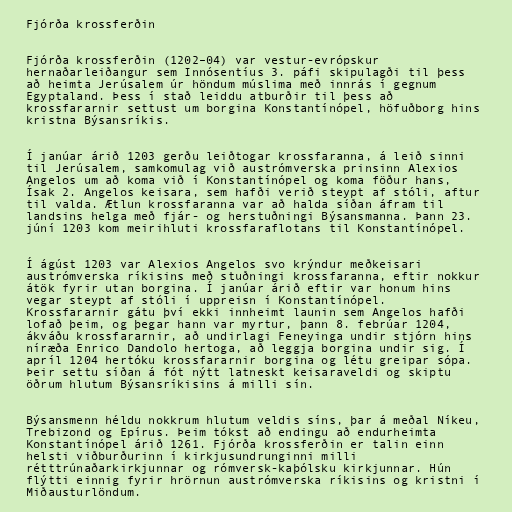
Fjórða krossferðin

Fjórða krossferðin (1202–04) var vestur-evrópskur
hernaðarleiðangur sem Innósentíus 3. páfi skipulagði til þess
að heimta Jerúsalem úr höndum múslima með innrás í gegnum
Egyptaland. Þess í stað leiddu atburðir til þess að
krossfararnir settust um borgina Konstantínópel, höfuðborg hins
kristna Býsansríkis.

Í janúar árið 1203 gerðu leiðtogar krossfaranna, á leið sinni
til Jerúsalem, samkomulag við austrómverska prinsinn Alexios
Angelos um að koma við í Konstantínópel og koma föður hans,
Ísak 2. Angelos keisara, sem hafði verið steypt af stóli, aftur
til valda. Ætlun krossfaranna var að halda síðan áfram til
landsins helga með fjár- og herstuðningi Býsansmanna. Þann 23.
júní 1203 kom meirihluti krossfaraflotans til Konstantínópel.

Í ágúst 1203 var Alexios Angelos svo krýndur meðkeisari
austrómverska ríkisins með stuðningi krossfaranna, eftir nokkur
átök fyrir utan borgina. Í janúar árið eftir var honum hins
vegar steypt af stóli í uppreisn í Konstantínópel.
Krossfararnir gátu því ekki innheimt launin sem Angelos hafði
lofað þeim, og þegar hann var myrtur, þann 8. febrúar 1204,
ákváðu krossfararnir, að undirlagi Feneyinga undir stjórn hins
níræða Enrico Dandolo hertoga, að leggja borgina undir sig. Í
apríl 1204 hertóku krossfararnir borgina og létu greipar sópa.
Þeir settu síðan á fót nýtt latneskt keisaraveldi og skiptu
öðrum hlutum Býsansríkisins á milli sín.

Býsansmenn héldu nokkrum hlutum veldis síns, þar á meðal Níkeu,
Trebizond og Epírus. Þeim tókst að endingu að endurheimta
Konstantínópel árið 1261. Fjórða krossferðin er talin einn
helsti viðburðurinn í kirkjusundrunginni milli
rétttrúnaðarkirkjunnar og rómversk-kaþólsku kirkjunnar. Hún
flýtti einnig fyrir hrörnun austrómverska ríkisins og kristni í
Miðausturlöndum.